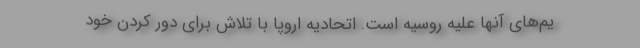
یم‌های آنها علیه روسیه است. اتحادیه اروپا با تلاش برای دور کردن خود